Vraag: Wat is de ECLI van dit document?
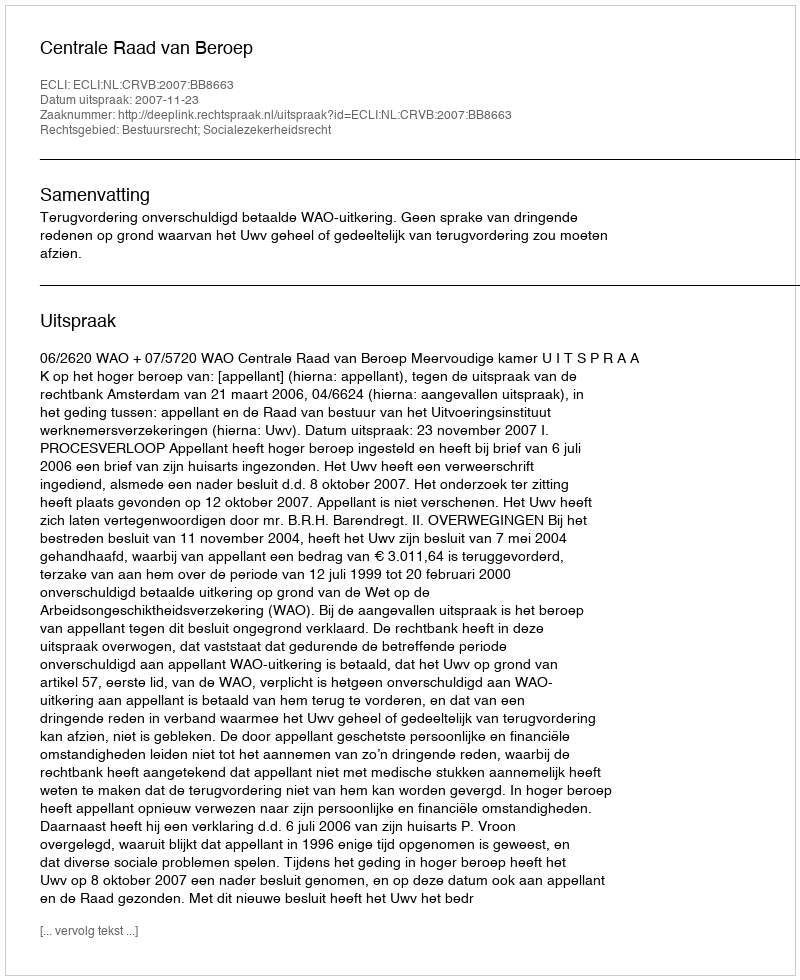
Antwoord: ECLI:NL:CRVB:2007:BB8663